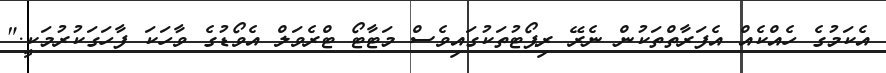
އެކަމުގެ ހެއްކެއް އެފަރާތްތަކުން ނެރޭ ރިޕޯޓުތަކުގައިވެސް މަޓާޓޯ ޓްރެވަލް އެވޯޑުގެ ވާހަކަ ފާހަގަކުރުމަކީ."